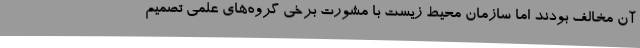
آن مخالف بودند اما سازمان محیط زیست با مشورت برخی گروه‌های علمی تصمیم